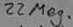
Text: 22Meg.